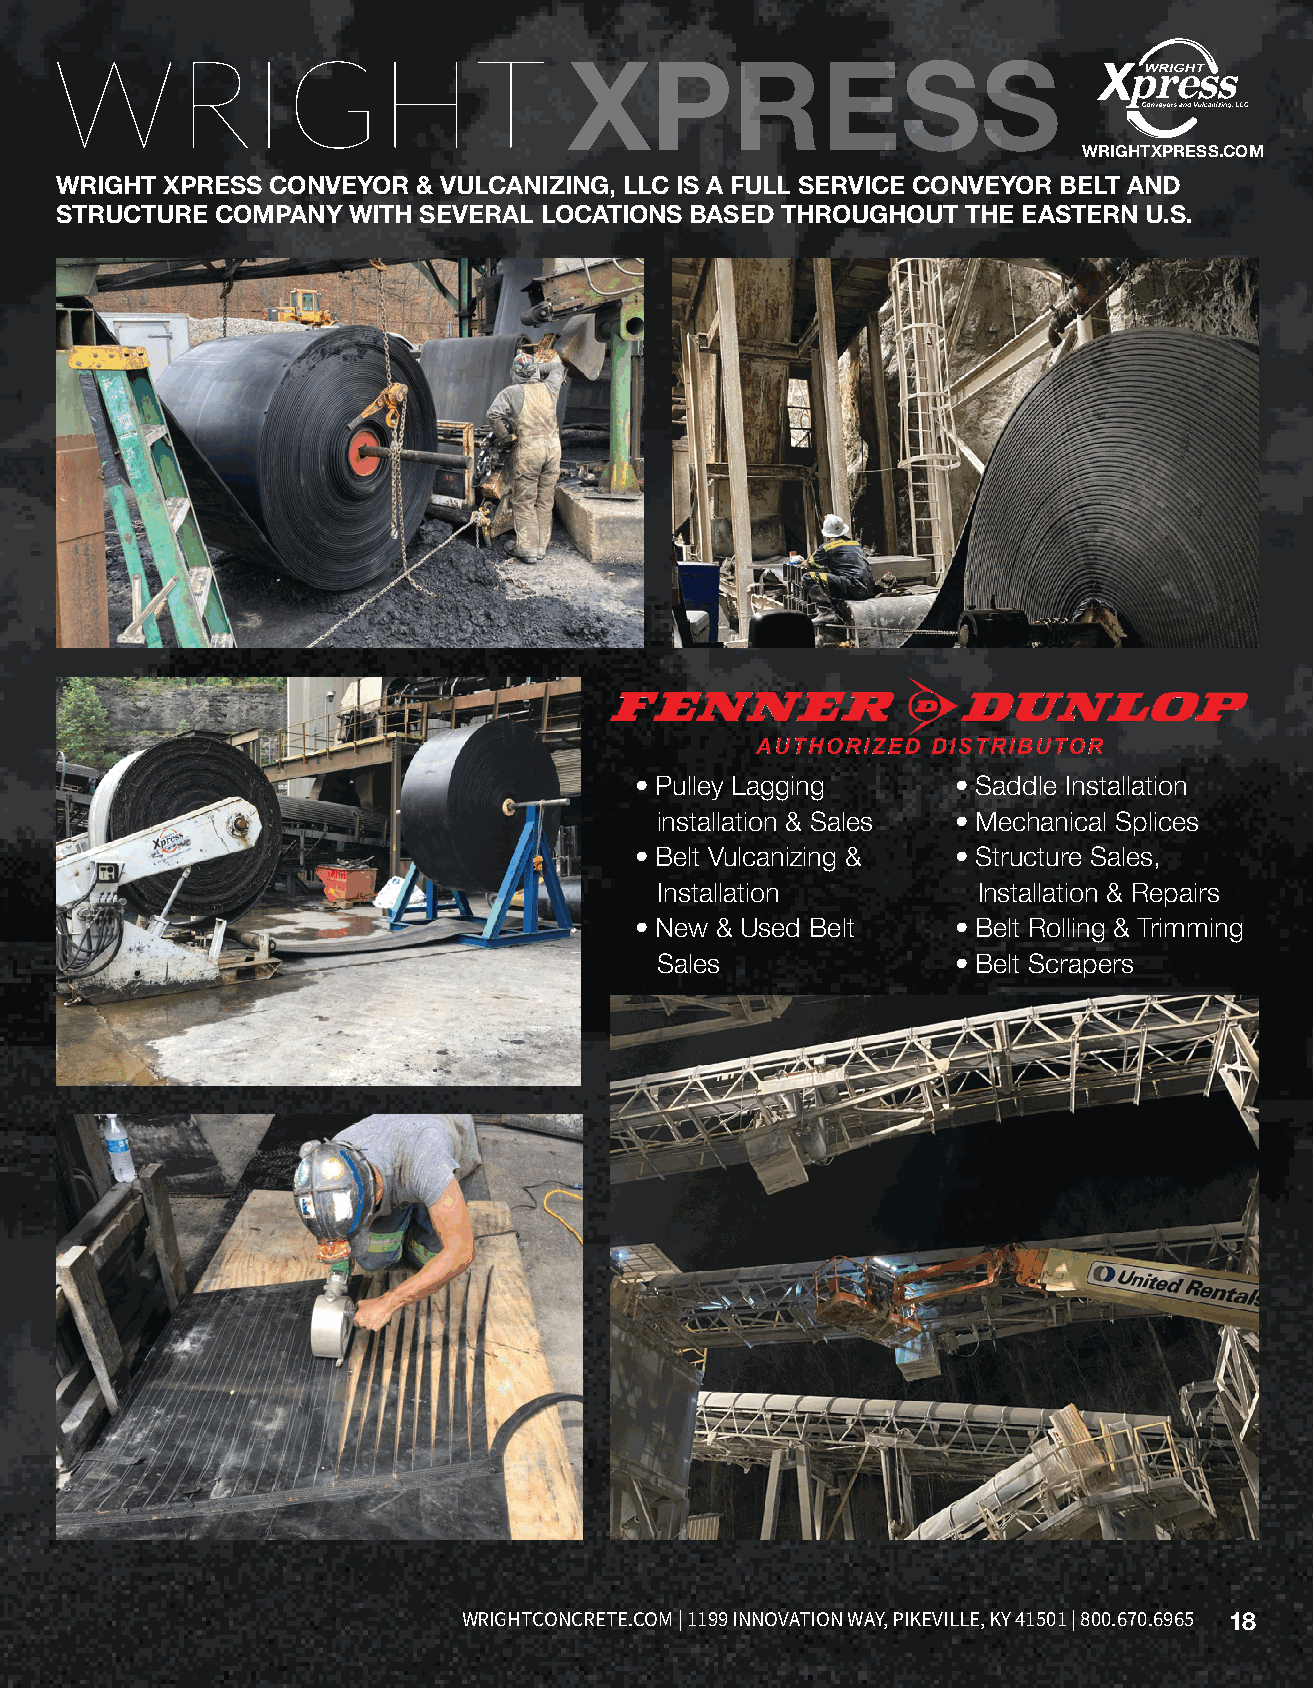
WRIGHT                            XPRESS
 WRIGHTXPRESS.COM
 WRIGHT XPRESS CONVEYOR  & VULCANIZING, LLC IS A FULL SERVICE CONVEYOR BELT AND
 STRUCTURE COMPANY  WITH SEVERAL LOCATIONS BASED THROUGHOUT  THE EASTERN U.S.
 • Pulley Lagging     • Saddle Installation
 installation & Sales • Mechanical Splices
 • Belt Vulcanizing & • Structure Sales,
 Installation          Installation & Repairs
 • New & Used Belt    • Belt Rolling & Trimming
 Sales               • Belt Scrapers
 CONSTRUCTION | BLOCK | TOLL-BLENDING | DRILLING | READY MIX | PUMPING | CONVEYORS | EQUIPMENT RENTAL WRIGHTCONCRETE.COM | 1199 INNOVATION WAY, PIKEVILLE, KY 41501 | 800.670.6965 18